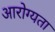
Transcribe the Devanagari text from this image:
आरोग्‍यता